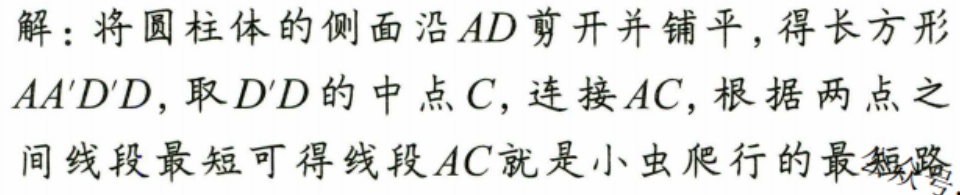
解：将圆柱体的侧面沿 \(AD\) 剪开并铺平，得长方形 \(AA'D'D\)，取 \(D'D\) 的中点 \(C\)，连接 \(AC\)，根据两点之间线段最短可得线段 \(AC\) 就是小虫爬行的最短路